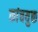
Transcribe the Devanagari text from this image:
कांचयुक्त